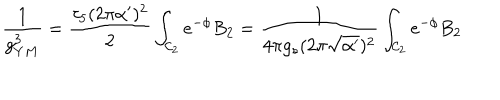
\frac { 1 } { g _ { Y M } ^ { 3 } } = \frac { \tau _ { 5 } ( 2 \pi \alpha ^ { \prime } ) ^ { 2 } } { 2 } \int _ { { \cal { C } } _ { 2 } } { e } ^ { - \phi } B _ { 2 } = \frac { 1 } { 4 \pi g _ { s } ( 2 \pi \sqrt { \alpha ^ { \prime } } ) ^ { 2 } } \int _ { { \cal { C } } _ { 2 } } { e } ^ { - \phi } B _ { 2 }